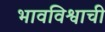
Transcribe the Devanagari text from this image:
भावविश्वाची